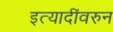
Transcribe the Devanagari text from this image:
इत्यादींवरुन